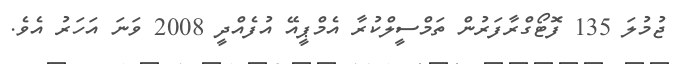
ޖުމުލަ 135 ފޮޓޯގްރާފަރުން ތަމްސީލްކުރާ އެމްޕީއޭ އުފެއްދީ 2008 ވަނަ އަހަރު އެވެ.